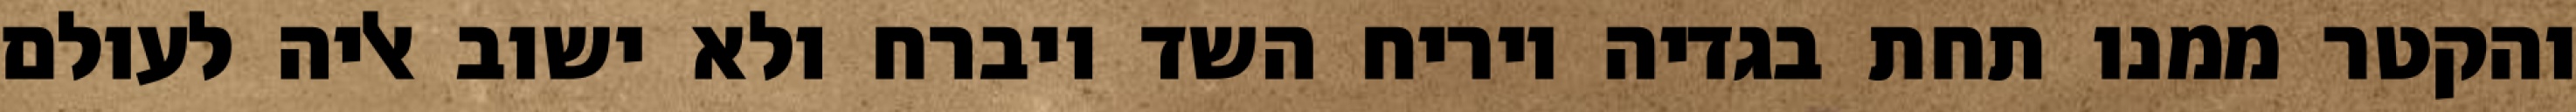
והקטר ממנו תחת בגדיה ויריח השד ויברח ולא ישוב אליה לעולם